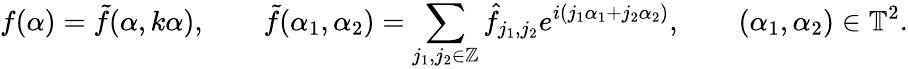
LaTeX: f(\alpha)=\tilde{f}(\alpha,k\alpha),\qquad\tilde{f}(\alpha_{1},\alpha_{2})=\sum_{j_{1},j_{2}\in\mathbb{Z}}\hat{f}_{j_{1},j_{2}}e^{i(j_{1}\alpha_{1}+j_{2}\alpha_{2})},\qquad(\alpha_{1},\alpha_{2})\in\mathbb{T}^{2}.